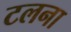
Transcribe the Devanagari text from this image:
टलना